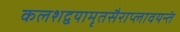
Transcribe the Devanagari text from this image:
कलशद्वयामृतसैराप्लावयन्तं